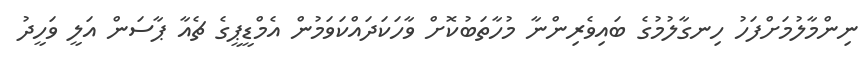
ނިންމާލުމަށްފަހު ހިނގާލުމުގެ ބައިވެރިންނާ މުހާތަބުކޮށް ވާހަކަދައްކަވަމުން އެމްޑީޕީގެ ޗެއާ ޕާސަން އަލީ ވަހީދު